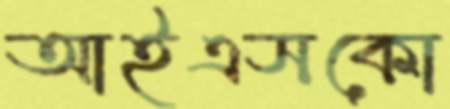
আইএসকো